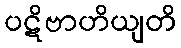
ပဋိဗာဟိယျတိ